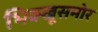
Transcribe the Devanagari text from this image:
भिक्खूसमोर